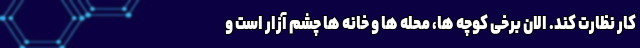
کار نظارت کند. الان برخی کوچه ها، محله ها و خانه ها چشم آزار است و